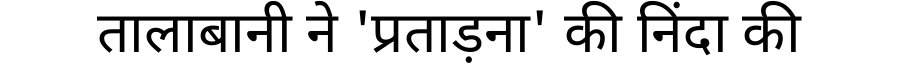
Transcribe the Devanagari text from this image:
तालाबानी ने 'प्रताड़ना' की निंदा की